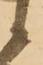
候